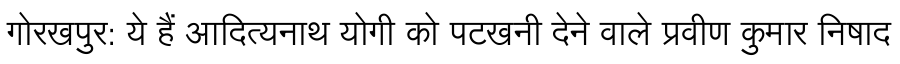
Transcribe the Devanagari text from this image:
गोरखपुर: ये हैं आदित्यनाथ योगी को पटखनी देने वाले प्रवीण कुमार निषाद